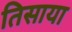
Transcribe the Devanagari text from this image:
तिसाया